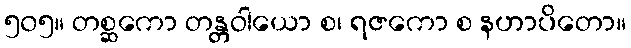
၅၀၅။ တစ္ဆကော တန္တဝါယော စ၊ ရဇကော စ နဟာပိတော။